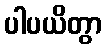
ပါပယိတွာ